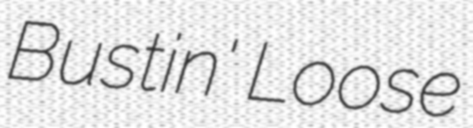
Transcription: Bustin' Loose